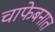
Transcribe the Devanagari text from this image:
चाफेबनात